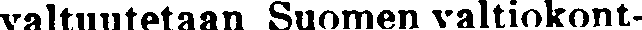
valtuutetaan Suomen valtiokont-